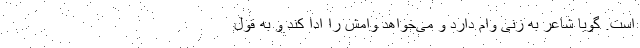
است. گویا شاعر به زنی وام دارد و می‌خواهد وامش را ادا کند و به قول